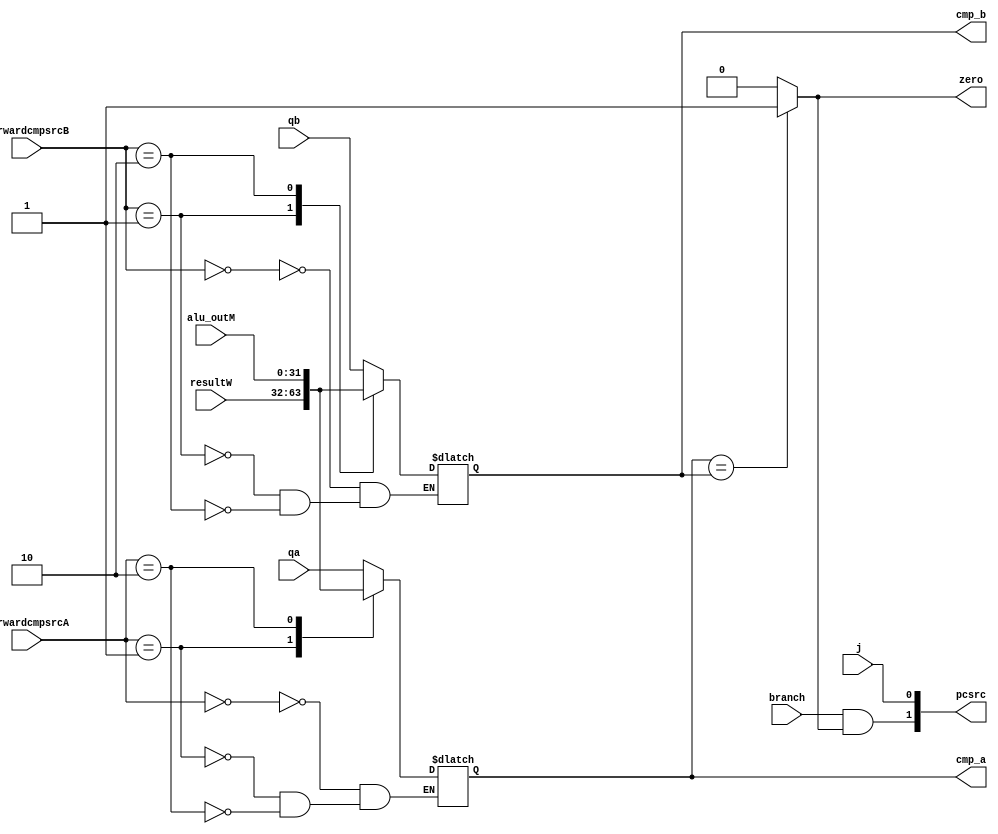
`timescale 1ns / 1ps
//////////////////////////////////////////////////////////////////////////////////
// Company: 
// Engineer: 
// 
// Design Name: 
// Module Name: CMP
// Project Name: 
// Target Devices: 
// Tool Versions: 
// Description: 
// 
// Dependencies: 
// 
// Revision:
// Revision 0.01 - File Created
// Additional Comments:
// 
//////////////////////////////////////////////////////////////////////////////////


module CMP(
    input [1:0] forwardcmpsrcA, forwardcmpsrcB,
    input [31:0] qa, qb, alu_outM, resultW,
    input branch,j,
    output zero,    
    output reg [31:0] cmp_a,
    output reg [31:0] cmp_b,
    output[1:0] pcsrc
    );

    always @(*) begin
        case(forwardcmpsrcA)
            0: cmp_a <= qa;
            1: cmp_a <= resultW;
            2: cmp_a <= alu_outM;
        endcase
        
        case(forwardcmpsrcB)
            0: cmp_b <= qb;
            1: cmp_b <= resultW;
            2: cmp_b <= alu_outM;
        endcase
    end
    
    assign zero =(cmp_a == cmp_b) ? 1 : 0;
    assign pcsrc[0] = j;//2'b01
    assign pcsrc[1] = branch && zero;//2'b10

endmodule